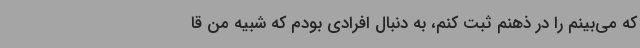
که می‌بینم را در ذهنم ثبت کنم، به دنبال افرادی بودم که شبیه من قا